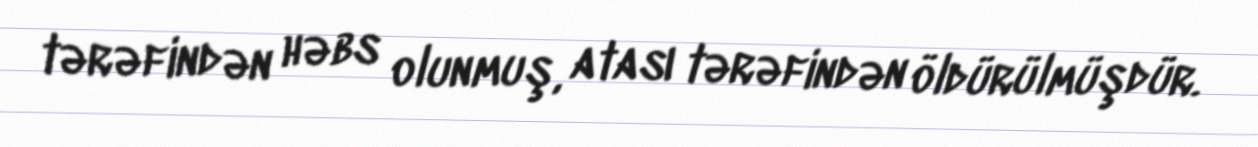
tərəfindən həbs olunmuş, atası tərəfindən öldürülmüşdür.